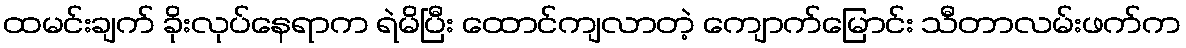
ထမင်းချက် ခိုးလုပ်နေရာက ရဲမိပြီး ထောင်ကျလာတဲ့ ကျောက်မြောင်း သီတာလမ်းဖက်က